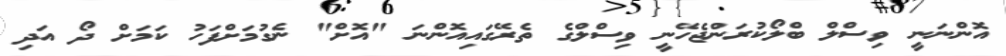
އޮންނަނީ ވިސްލް ބްލޯކުރަންޖެހޭނީ ވިސްލްގެ ތެރޭގައިއޮންނަ "އޮށް" ނެގުމަށްފަހު ކަމަށް ދޯ އަދި